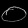
Digit: ၀